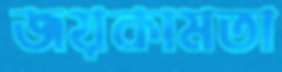
জয়কামতা